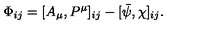
\Phi _ { i j } = [ A _ { \mu } , P ^ { \mu } ] _ { i j } - [ \bar { \psi } , \chi ] _ { i j } .